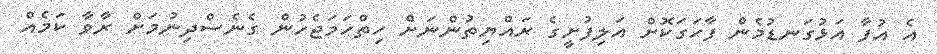
އެ އުފާ އަޅުގަނޑުމެން ފާހަގަކޮށް އަލިފުށީގެ ރައްޔިތުންނަށް ހިތްހަމަޖެހުން ގެނެސްދިނުމަށް ރާވާ ކަމެއް